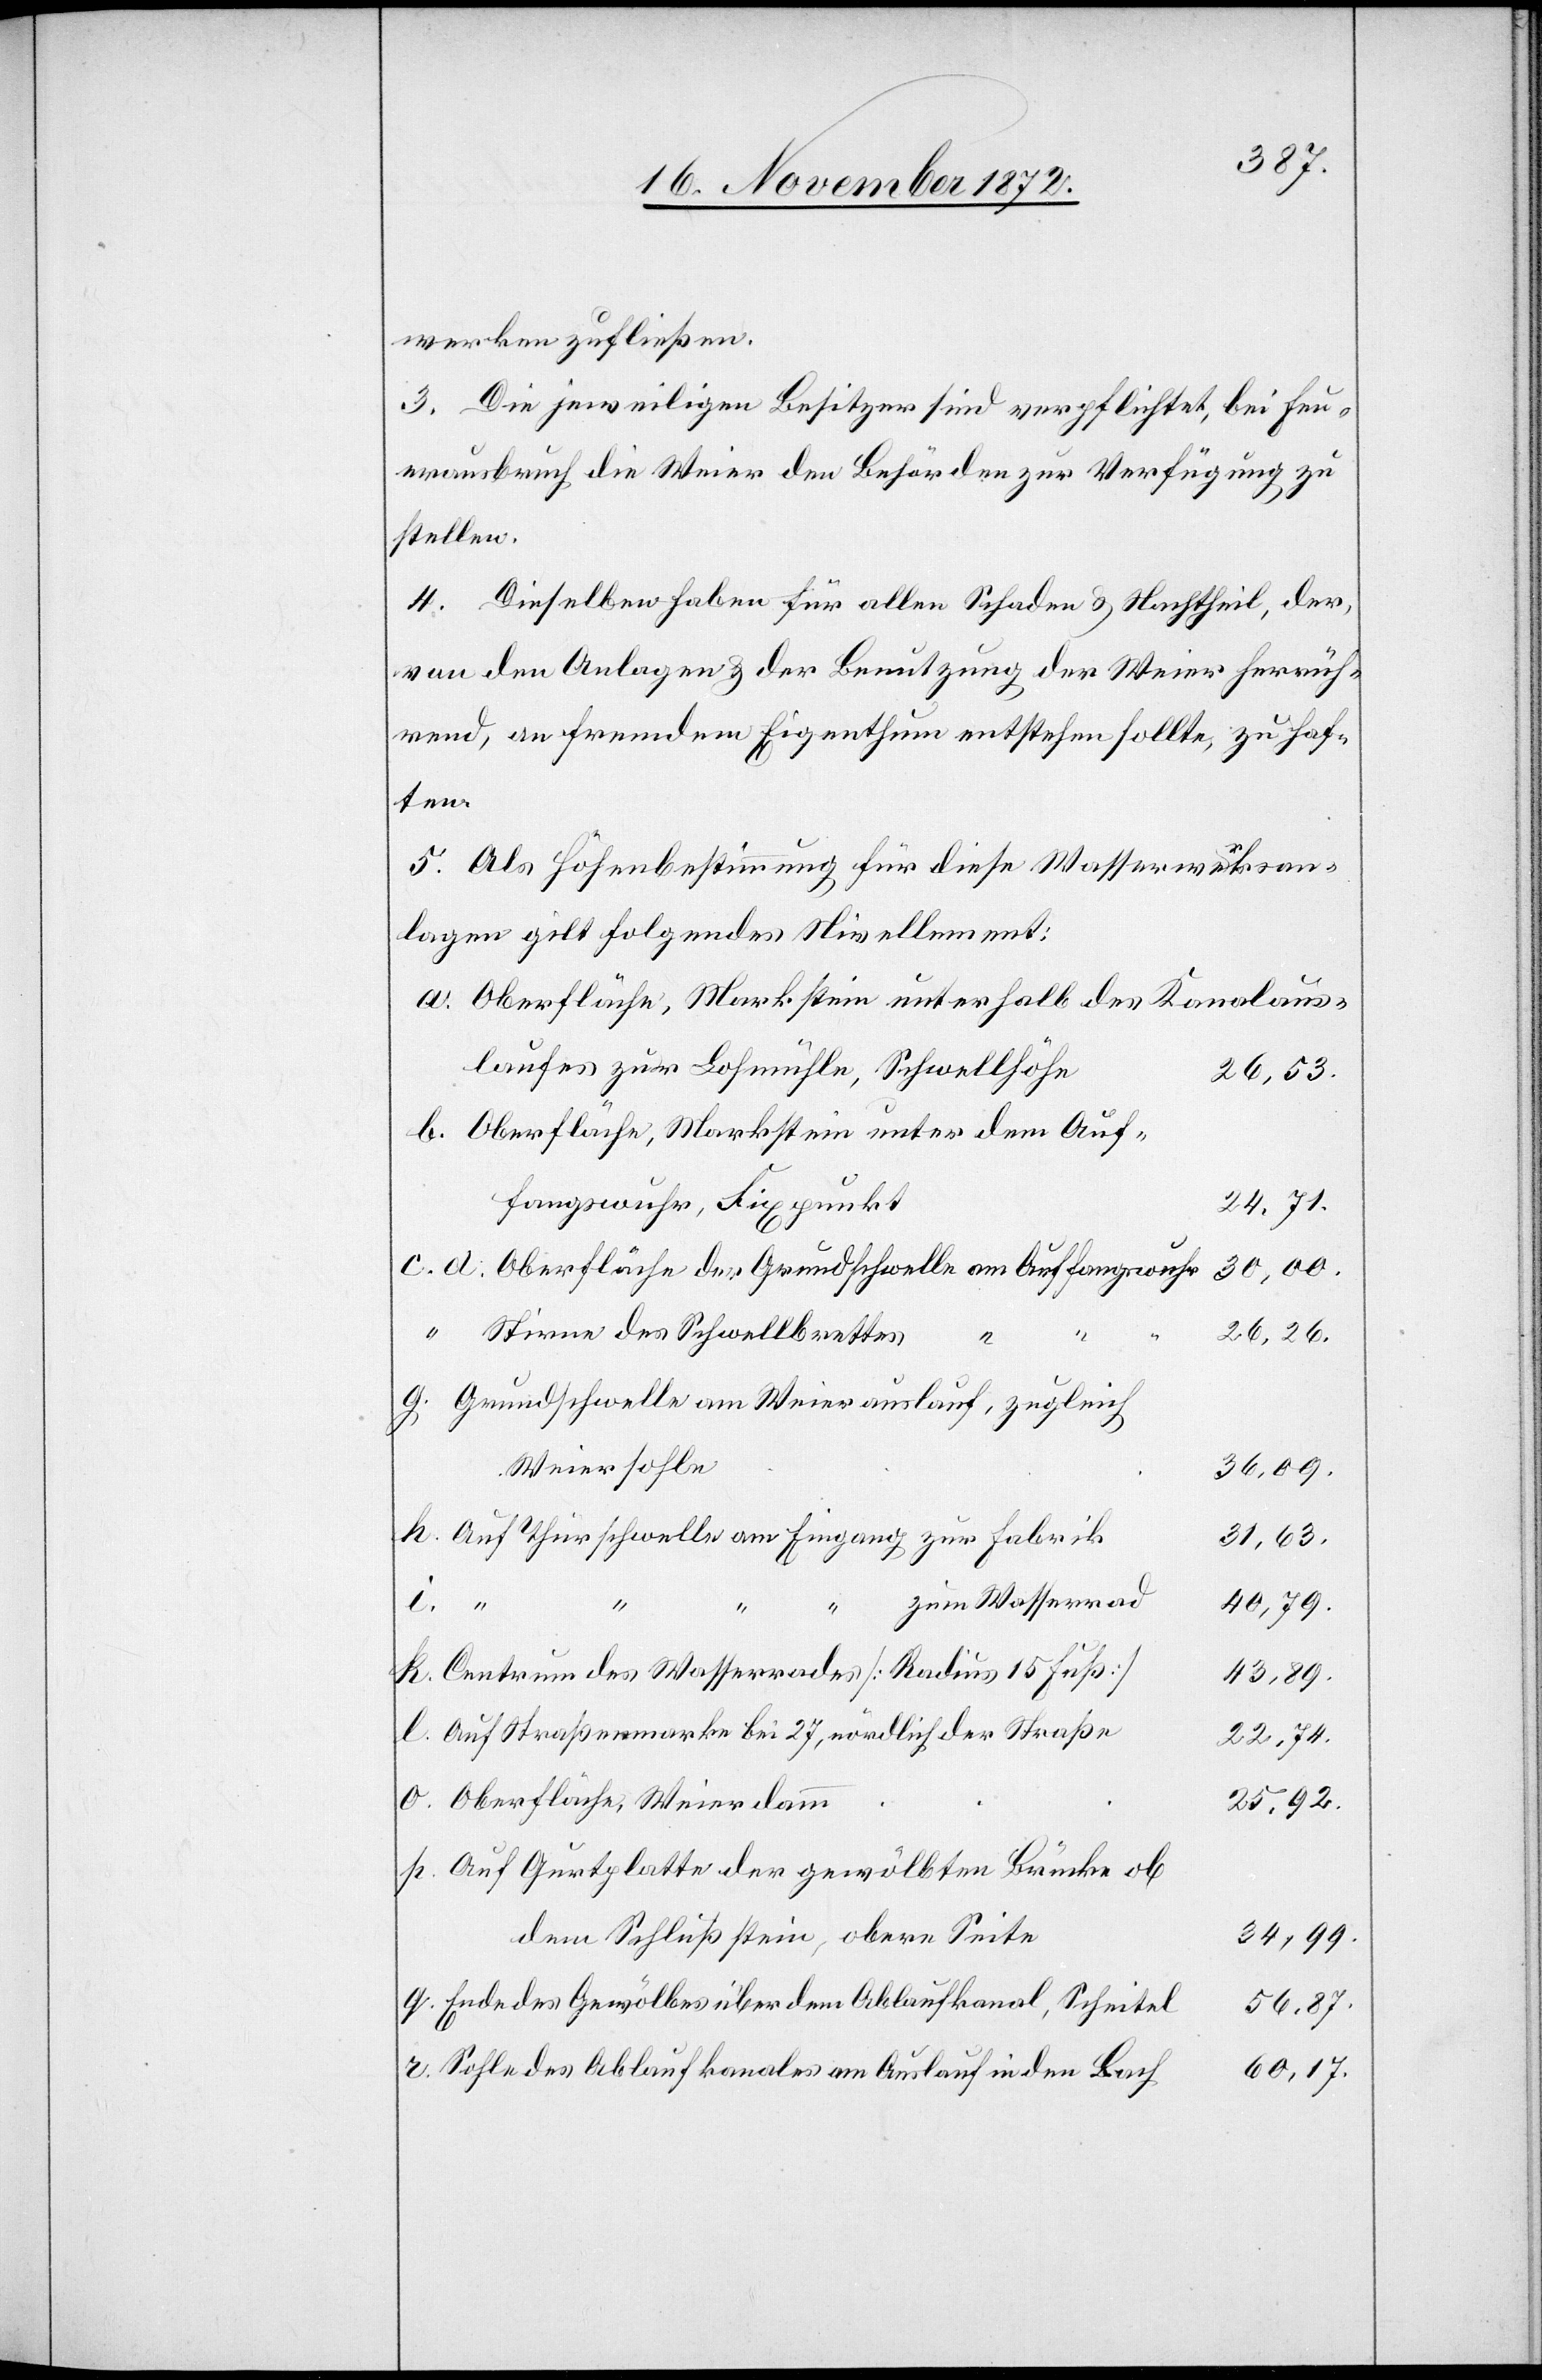
werken zufließen.
3. Die jeweiligen Besitzer sind verpflichtet, bei Feu¬
erausbruch die Weier den Behörden zur Verfügung zu
stellen.
4. Dieselben haben für allen Schaden u. Nachtheil, der,
von den Anlagen u. der Benutzung der Weier herrüh¬
rend, an fremdem Eigenthum entstehen sollte, zu haf¬
ten.
5. Als Höhenbestimmung für diese Wasserwerksan¬
lagen gilt folgendes Nivellement:
a. Oberfläche, Markstein unterhalb des Kanalaus¬
laufes zur Lohmühle [sic!], Schwellhöhe
26,53.
b. Oberfläche, Markstein unter dem Auf¬
fangswuhr, Fixpunkt
30,00.
c. d. Oberfläche der Grundschwelle am Auffangswuhr
“ Stirne des Schwellbrettes
“
26,26.
g. Grundschwelle am Weierauslauf, zugleich
Weiersohle
36,09.
h. Auf Thürschwelle am Eingang zur Fabrik
31,63.
zum Wasserrad
40,79.
k. Centrum des Wasserrades [Radius 15 Fuß]
43,89.
l. Auf Straßenmarke bei 27, nördlich der Straße
22,74.
o. Oberfläche Weierdamm
25,92.
p. Auf Gurtplatte der gewölbten Brücke ob
dem Schlußstein, obere Seite
34,99.
q. Ende des Gewölbes über dem Ablaufkanal, Scheitel
56,87.
r. Sohle des Ablaufkanales am Auslauf in den Bach
60,17.